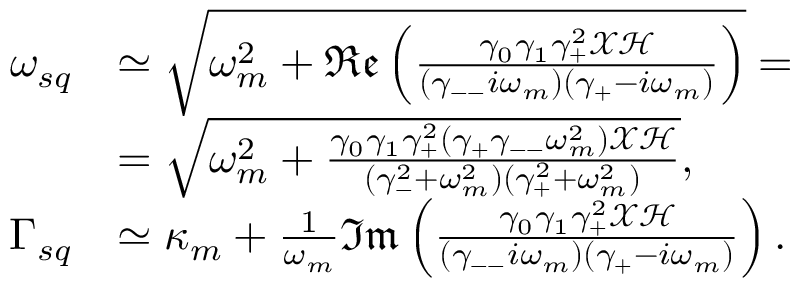
\begin{array} { r l } { \omega _ { s q } } & { \simeq \sqrt { \omega _ { m } ^ { 2 } + \mathfrak { R e } \left( \frac { \gamma _ { 0 } \gamma _ { 1 } \gamma _ { + } ^ { 2 } \mathcal { X } \mathcal { H } } { ( \gamma _ { -- } i \omega _ { m } ) ( \gamma _ { + } - i \omega _ { m } ) } \right) } = } \\ & { = \sqrt { \omega _ { m } ^ { 2 } + \frac { \gamma _ { 0 } \gamma _ { 1 } \gamma _ { + } ^ { 2 } ( \gamma _ { + } \gamma _ { -- } \omega _ { m } ^ { 2 } ) \mathcal { X } \mathcal { H } } { ( \gamma _ { - } ^ { 2 } + \omega _ { m } ^ { 2 } ) ( \gamma _ { + } ^ { 2 } + \omega _ { m } ^ { 2 } ) } } , } \\ { \Gamma _ { s q } } & { \simeq \kappa _ { m } + \frac { 1 } { \omega _ { m } } \mathfrak { I m } \left( \frac { \gamma _ { 0 } \gamma _ { 1 } \gamma _ { + } ^ { 2 } \mathcal { X } \mathcal { H } } { ( \gamma _ { -- } i \omega _ { m } ) ( \gamma _ { + } - i \omega _ { m } ) } \right) . } \end{array}